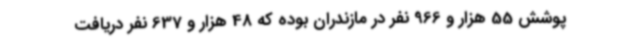
پوشش 55 هزار و 966 نفر در مازندران بوده که 48 هزار و 637 نفر دریافت‌